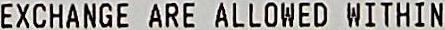
EXCHANGE ARE ALLOWED WITHIN